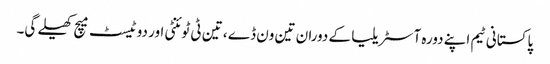
پاکستانی ٹیم اپنے دورہ آسٹریلیا کے دوران تین ون ڈے ، تین ٹی ٹوئنٹی اور دو ٹیسٹ میچ کھیلے گی۔